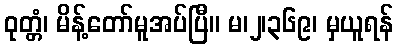
ဝုတ္တံ၊ မိန့်တော်မူအပ်ပြီ။ မ၊၂၊၃၆၉၊ မှယူရန်